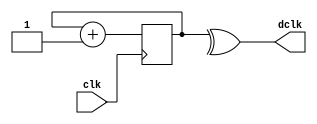
`timescale 1ns / 1ps
//////////////////////////////////////////////////////////////////////////////////
// Company: 
// Engineer: 
// 
// Design Name: 
// Module Name:    display_clock 
// Project Name: 
// Target Devices: 
// Tool versions: 
// Description: 
//
// Dependencies: 
//
// Revision: 
// Revision 0.01 - File Created
// Additional Comments: 
//
//////////////////////////////////////////////////////////////////////////////////
module display_clock(
	input wire clk,		// main clock: 50MHz
	output wire dclk		// pixel clock: 25MHz
   );
	//counter
	reg [1:0] c;
	always @(posedge clk)
	begin
		c <= c+ 1;
	end
	
	// 50Mhz  2^1 = 25MHz
	assign dclk = ^c;

endmodule